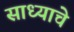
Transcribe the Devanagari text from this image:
साध्याचे